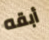
أبقه